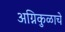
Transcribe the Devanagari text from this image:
अग्निकुळाचे